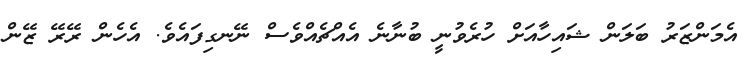
އެމަންޒަރު ބަލަން ޝަައިހާއަށް ހުރެވުނީ ބުނާނެ އެއްޗެއްވެސް ނޭނގިފައެވެ. އެހެން ރޭރޭ ޒޭން